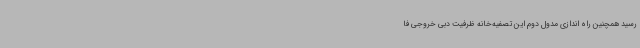
رسید همچنین راه اندازی مدول دوم این تصفیه‌خانه ظرفیت دبی خروجی فا